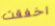
اخفقت